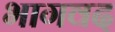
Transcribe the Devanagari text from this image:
भागवद